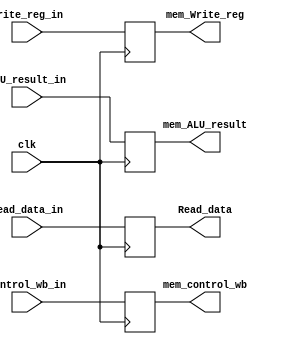
`timescale 1ns / 1ps

////////////////////////////////////////////////////////////////////////////////
// Company:       California State University San Bernardino
//                Tyler Clayton
//
// Module Name:   MEM_WB
// Project Name:  MIPS
// Description:   The MIPS MEM/WB register (latch) of the MEMORY (MEM) stage.
//
// Dependencies:  None.
//
////////////////////////////////////////////////////////////////////////////////

module MEM_WB(
	input clk,
	input  [1:0]  control_wb_in,
	input  [31:0] Read_data_in,
	input  [31:0] ALU_result_in,
	input  [4:0]  Write_reg_in,
	output reg [1:0]  mem_control_wb,
	output reg [31:0] Read_data,
	output reg [31:0] mem_ALU_result,
	output reg [4:0]  mem_Write_reg);

	// Initialize outputs to defaults.
	initial
		begin
			mem_control_wb <= 0;
			Read_data      <= 0;
			mem_ALU_result <= 0;
			mem_Write_reg  <= 0;
		end
		
	// Update outputs.
	always @ (posedge clk)
		begin
			mem_control_wb <= control_wb_in;
			Read_data      <= Read_data_in;
			mem_ALU_result <= ALU_result_in;
			mem_Write_reg  <= Write_reg_in;
		end
endmodule